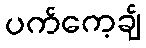
ပက်ကေ့ချ်